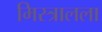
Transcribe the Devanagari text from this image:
मिस्त्रालला